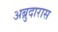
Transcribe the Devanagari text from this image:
अब्रुदारास